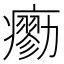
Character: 𤺼